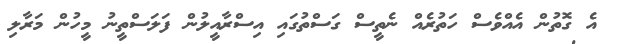
އެ ގޮތުން އެއްވެސް ހަތުރެއް ނެތީސް ގަސްތުގައި އިސްރާއީލުން ފަލަސްތީނު މީހުން މަރާލި